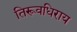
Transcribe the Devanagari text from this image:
तिरूवधिराय